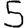
Digit: 5